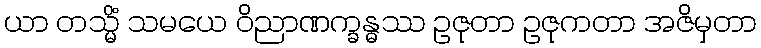
ယာ တသ္မိံ သမယေ ဝိညာဏက္ခန္ဓဿ ဥဇုတာ ဥဇုကတာ အဇိမှတာ